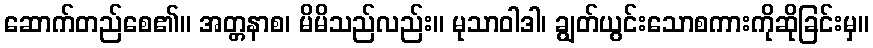
ဆောက်တည်စေ၏။ အတ္တနာစ၊ မိမိသည်လည်း။ မုသာဝါဒါ၊ ချွတ်ယွင်းသောစကားကိုဆိုခြင်းမှ။